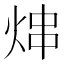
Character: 𬊑